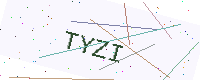
Text: TYZI